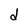
Character: d